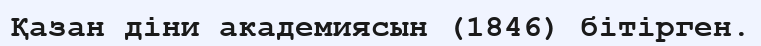
Қазан діни академиясын (1846) бітірген.